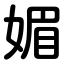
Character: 媚